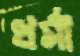
ধর্মা